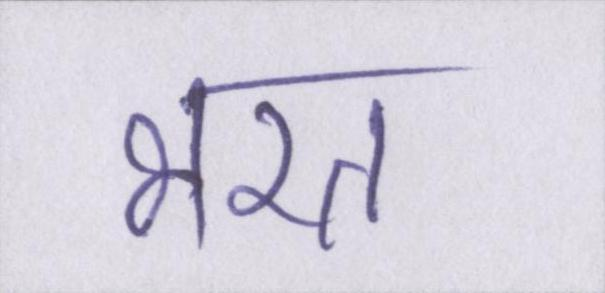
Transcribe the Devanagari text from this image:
भरत